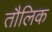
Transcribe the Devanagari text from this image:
तौलिक